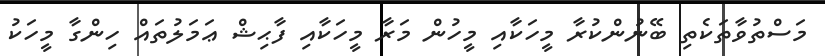
މަސްތުވާތަކެތި ބޭނުންކުރާ މީހަކާއި މީހުން މަރާ މީހަކާއި ފާޙިޝް ޢަމަލުތައް ހިންގާ މީހަކު